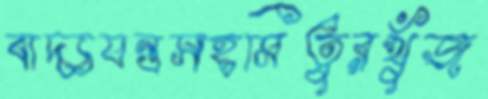
বাদ্যযন্ত্রসহমিতুরখুঁজ